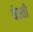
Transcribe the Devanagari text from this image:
बेस्ती